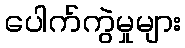
ပေါက်ကွဲမှုများ